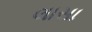
લાસા